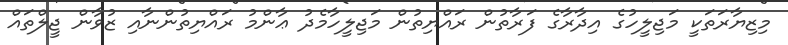
މިޒިޔާރަތަކީ މަޖިލީހުގެ އިދާރާގެ ފަރާތުން ރައްޔިތުން މަޖިލީހާމެދު ޢާންމު ރައްޔިތުންނާއި ޒުވާން ޖީލްތައް